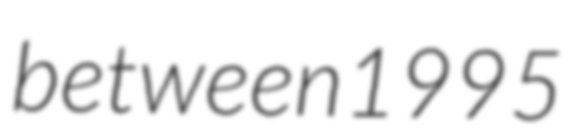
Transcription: between 1995